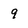
Character: 9